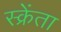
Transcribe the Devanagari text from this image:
स्क्रेंता